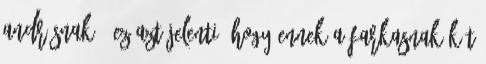
Andrásnak." Ez azt jelenti, hogy ennek a Farkasnak két